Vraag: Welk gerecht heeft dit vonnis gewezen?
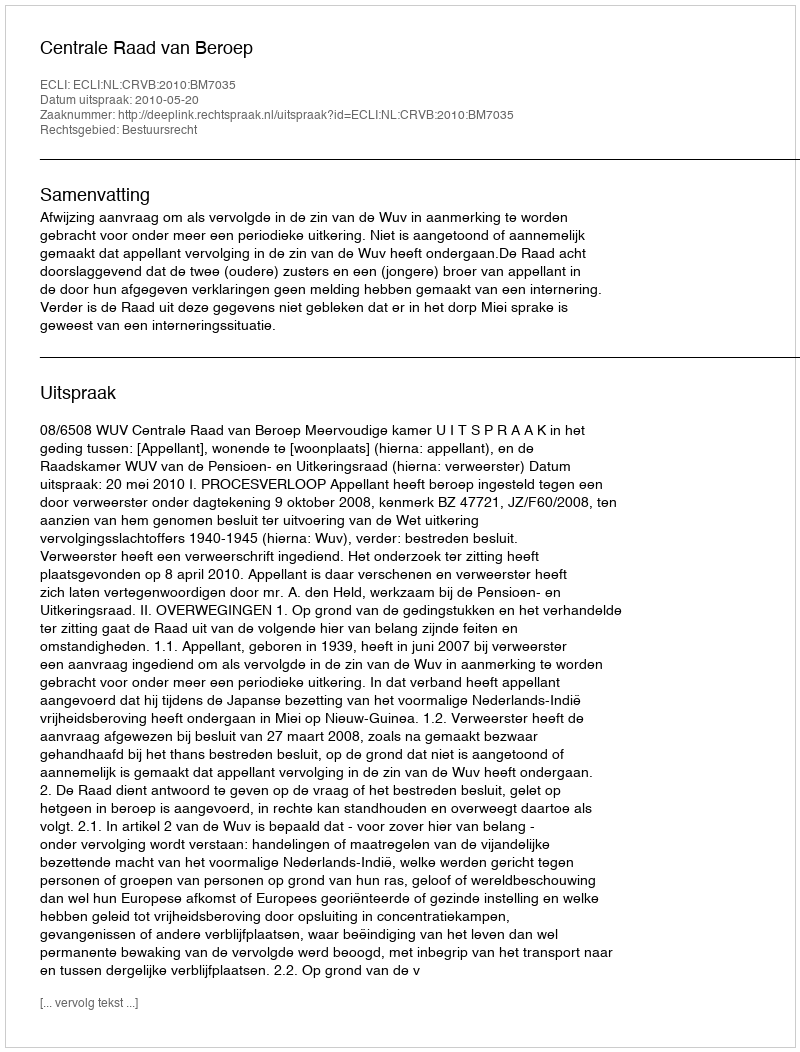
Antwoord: Centrale Raad van Beroep